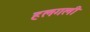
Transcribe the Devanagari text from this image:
हलगली